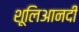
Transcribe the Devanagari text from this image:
शूलिआनदी